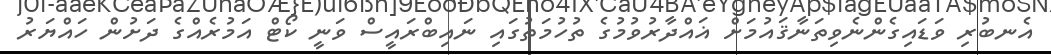
އެނބުރި ވަޑައިގެންނެވިތަނާޤައުމަށް ޣައްދާރުވުމުގެ ތުހުމަތުގައި ނައިބްރައީސް ވަނީ ކޯޓް އަމުރެއްގެ ދަށުން ހައްޔަރު